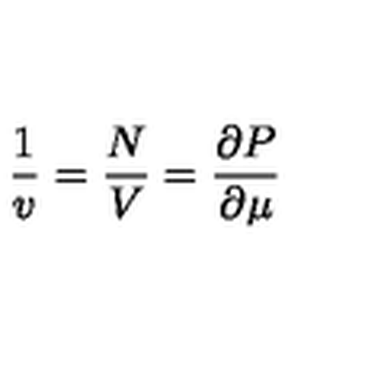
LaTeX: \frac 1 v = \frac N V = \frac { \partial P } { \partial \mu }